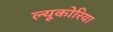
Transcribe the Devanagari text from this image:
ल्यूकोरिया